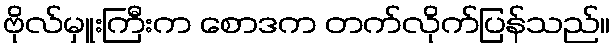
ဗိုလ်မှူးကြီးက စောဒက တက်လိုက်ပြန်သည်။